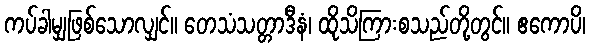
ကပ်ခါမျှဖြစ်သောလျှင်။ တေသံသတ္တာဒီနံ၊ ထိုသိကြားစသည်တို့တွင်။ ဧကောပိ၊